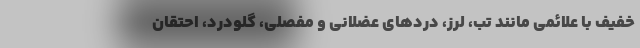
خفیف با علائمی مانند تب، لرز، دردهای عضلانی و مفصلی، گلودرد، احتقان